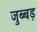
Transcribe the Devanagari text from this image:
जुब्बड़